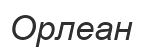
Орлеан